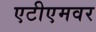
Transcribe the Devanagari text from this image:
एटीएमवर